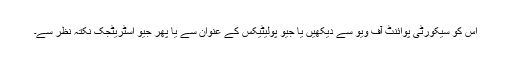
اس کو سیکورٹی پوائنٹ آف ویو سے دیکھیں یا جیو پولیٹیکس کے عنوان سے یا پھر جیو اسٹریٹجک نکتہ نظر سے۔